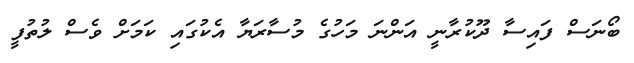
ބޯނަސް ފައިސާ ދޫކުރާނީ އަންނަ މަހުގެ މުސާރަޔާ އެކުގައި ކަމަށް ވެސް ލުތުފީ